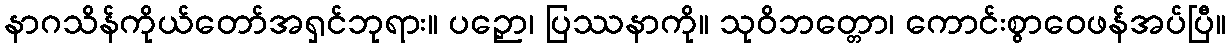
နာဂသိန်ကိုယ်တော်အရှင်ဘုရား။ ပဉှော၊ ပြဿနာကို။ သုဝိဘတ္တော၊ ကောင်းစွာဝေဖန်အပ်ပြီ။